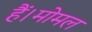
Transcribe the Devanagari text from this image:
हैं।मोमल